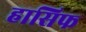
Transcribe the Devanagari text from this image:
हासिफ